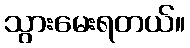
သွားမေးရတယ်။